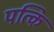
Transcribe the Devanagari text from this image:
पत्कि